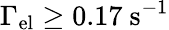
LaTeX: \Gamma_{\mathrm{el}}\geq 0.17~\mathrm{s}^{-1}